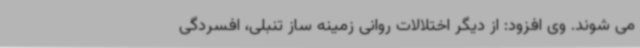
می شوند. وی افزود: از دیگر اختلالات روانی زمینه ساز تنبلی، افسردگی